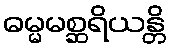
ဓမ္မမစ္ဆရိယန္တိ